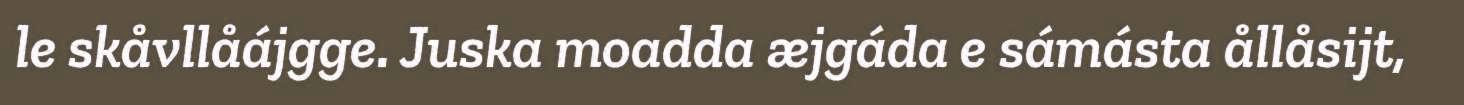
le skåvllåájgge. Juska moadda æjgáda e sámásta ållåsijt,